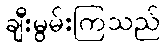
ချီးမွမ်းကြသည်